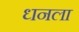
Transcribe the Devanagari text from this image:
ध्‍ानला